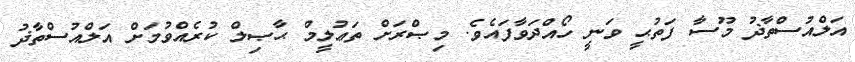
އަލްއުސްތާޛު މޫސާ ފަތުޙީ ވަނީ ހޯއްދަވާފައެވެ. މިޞްރަށް ތަޢުލީމް ޙާޞިލް ކުރެއްވުމަށް އަލްއުސްތާޛު